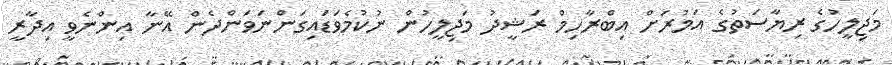
މަޖިލީހުގެ ރިޔާސަތުގެ އަމުރަށް އިބްރާހިމް ރަޝީދު މަޖިލީހުން ނުކުމެވަޑައިގަންނަވަންދެން އޭނާ އިންނެވީ އިދާރީ